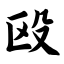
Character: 殴